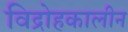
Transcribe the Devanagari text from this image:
विद्रोहकालीन